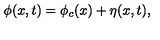
\phi ( x , t ) = \phi _ { c } ( x ) + \eta ( x , t ) ,